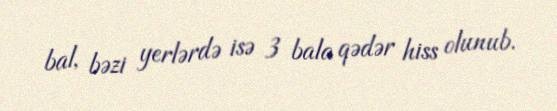
bal, bəzi yerlərdə isə 3 bala qədər hiss olunub.